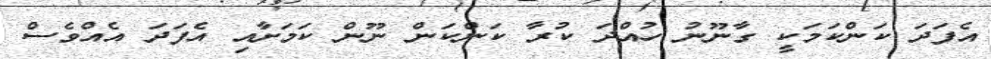
އެފަދަ ކަންކަމަކީ ގާނޫނު ހުއްދަ ކުރާ ކަންކަން ނޫން ކަމަށާއި އެފަދަ އެއްވެސް